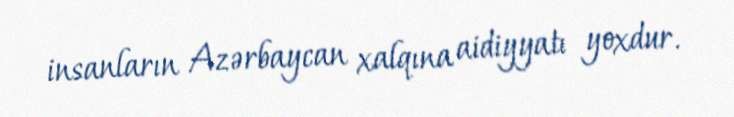
insanların Azərbaycan xalqına aidiyyatı yoxdur.